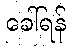
ခေါ်ရန်